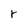
Character: r